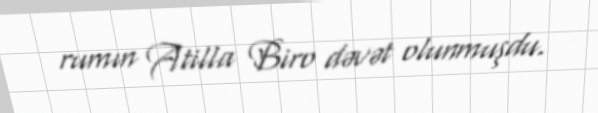
rumın Atilla Biro dəvət olunmuşdu.